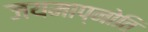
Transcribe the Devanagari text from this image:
जयमाप्नोति